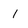
Character: 1